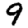
Digit: 9